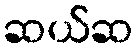
ဆယ်ဆ